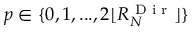
p \in \{ 0 , 1 , . . . , 2 \lfloor { R _ { N } ^ { \textnormal { D i r } } } \rfloor \}